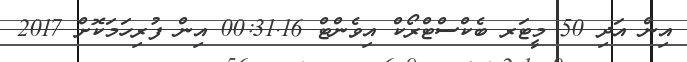
އިން އަދި 50 މީޓަރ ބެކްސްޓްރޯކް އިވެންޓް 00:31.16 އިން ފުރިހަމަކޮށް 2017